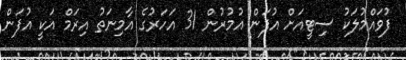
ފުވައްމުލަކު ސިޓީއަށް އުފަން އުމުރުން 31 އަހަރުގެ އާމިނަތު އިރަމް އަކީ އުފަން